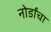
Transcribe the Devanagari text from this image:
नोर्डांचा